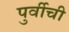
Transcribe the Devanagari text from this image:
पुर्वीची